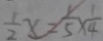
\frac { 1 } { 2 } x = \frac { 1 } { 5 } \times \frac { 1 } { 4 }